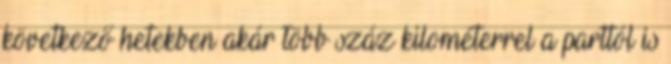
következő hetekben akár több száz kilométerrel a parttól is